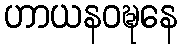
ဟာယနဝဍ္ဎနေ